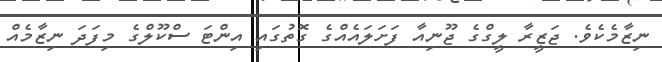
ނިޒާމެކެވެ. ޖަޒީރާ ލީގްގެ ޖޫނިއާ ފަށަލައެއްގެ ގޮތުގައި އިންޓަ ސްކޫލްގެ މިފަދަ ނިޒާމެއް